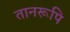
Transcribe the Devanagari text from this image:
तानरूपि